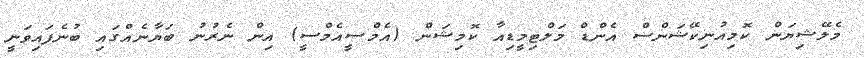
މެލޭޝިޔަން ކޮމިއުނިކޭޝަންސް އެންޑް މަލްޓިމީޑިއާ ކޮމިޝަން (އެމްސީއެމްސީ) އިން ނެރުނު ބަޔާނެއްގައި ބުނެފައިވަނީ